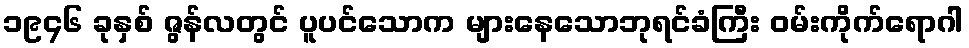
၁၉၄၆ ခုနှစ် ဇွန်လတွင် ပူပင်သောက များနေသောဘုရင်ခံကြီး ဝမ်းကိုက်ရောဂါ